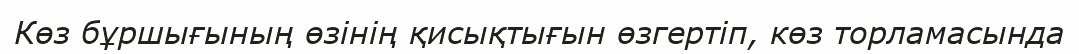
Көз бұршығының өзінің қисықтығын өзгертіп, көз торламасында